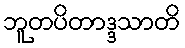
ဘူတပိတာဒ္ဒသာတိ